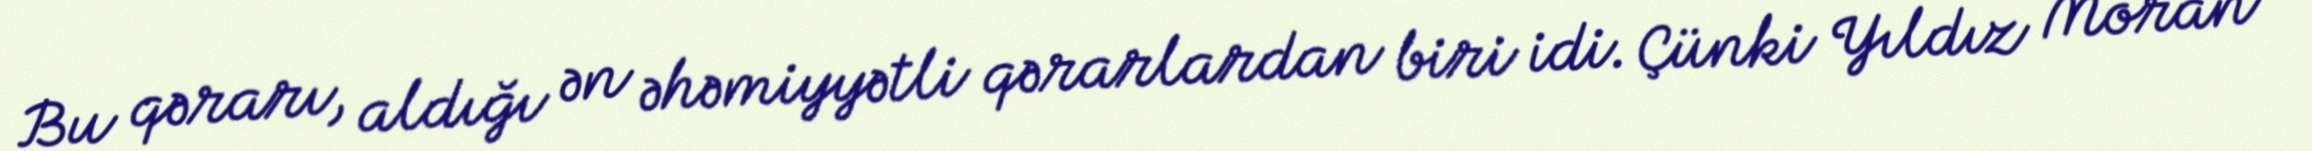
Bu qərarı, aldığı ən əhəmiyyətli qərarlardan biri idi. Çünki Yıldız Moran